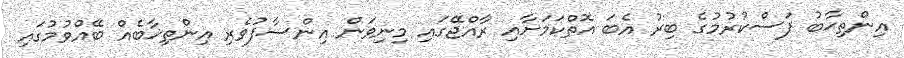
އިންތިޙާބު ފަސްކުރުމުގެ ބިރު އެބަ އޮތްކަމަށާއި ރާއްޖޭގައި މިނިވަން އިންސާފުވެރި އިންތިޚާބެއް ބޭއްވުމުގައި